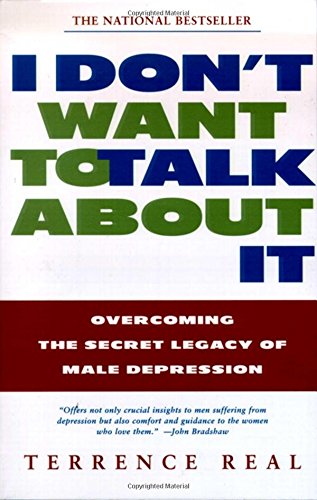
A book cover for I Don't Want to Talk About It: Overcoming the Secret Legacy of Male Depression; Terrence Real; Health, Fitness & Dieting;